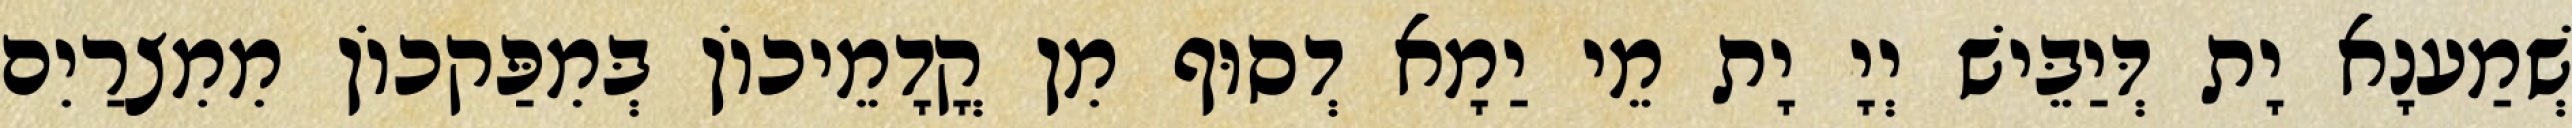
שְׁמַענָא יָת דְּיַבֵּישׁ יְיָ יָת מֵי יַמָא דְסוּף מִן קֳדָמֵיכוֹן בְּמִפַּקכוֹן מִמִצרַיִם